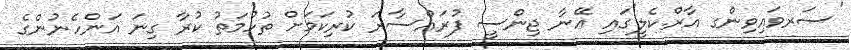
'ސަރވައިވިންގ އާރް.ކެލީ'ގައި އޭނާ ޖިންސީ ފުރައްސާރަ ކުރިކަމަށް ތުހުމަތު ކުރާ ގިނަ އަންހެނުންގެ